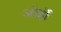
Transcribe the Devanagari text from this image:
ओर्ड़ो